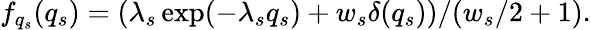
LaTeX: f_{q_{s}}(q_{s})=(\lambda_{s}\exp(-\lambda_{s}q_{s})+w_{s}\delta(q_{s}))/(w_{s}/2+1).